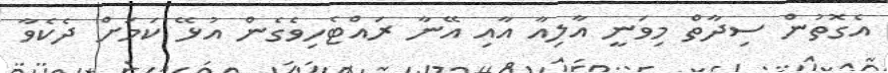
އެގޮތުން ސިދާތް މިވަނީ އާލިއާ އާއި އޭނާ ރައްޓެހިވެގެން އުޅޭ ކަމަށް ދެކެވާ